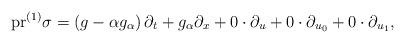
LaTeX: \begin{align*}{\rm pr}^{(1)}\sigma=\left(g-\alpha g_{\alpha}\right)\partial_t+g_{\alpha}\partial_x+0\cdot \partial_u+0\cdot \partial_{u_0}+0\cdot \partial_{u_1},\end{align*}